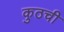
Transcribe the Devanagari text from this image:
कुठची